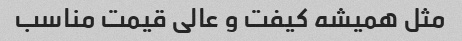
مثل همیشه کیفت و عالی قیمت مناسب